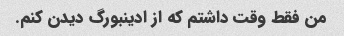
من فقط وقت داشتم که از ادینبورگ دیدن کنم.